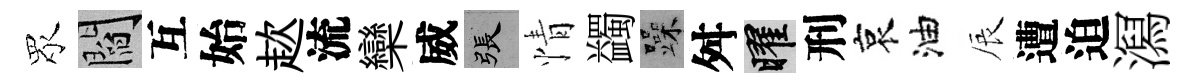
眾閻互始趑流欒威張情蠲躁舛曜刑哀油辰遭迫㵼